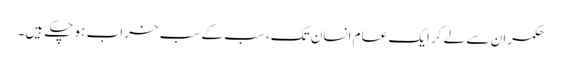
حکمران سے لے کر ایک عام انسان تک، سب کے سب خراب ہو چکے ہیں۔